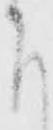
下